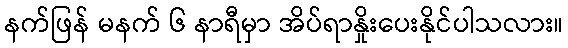
နက်ဖြန် မနက် ၆ နာရီမှာ အိပ်ရာနှိုးပေးနိုင်ပါသလား။